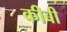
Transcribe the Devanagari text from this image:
कीबी